Indian journal of veterinary science and animal husbandry - Volumes 24-25, 1954-1955
Year: 1954
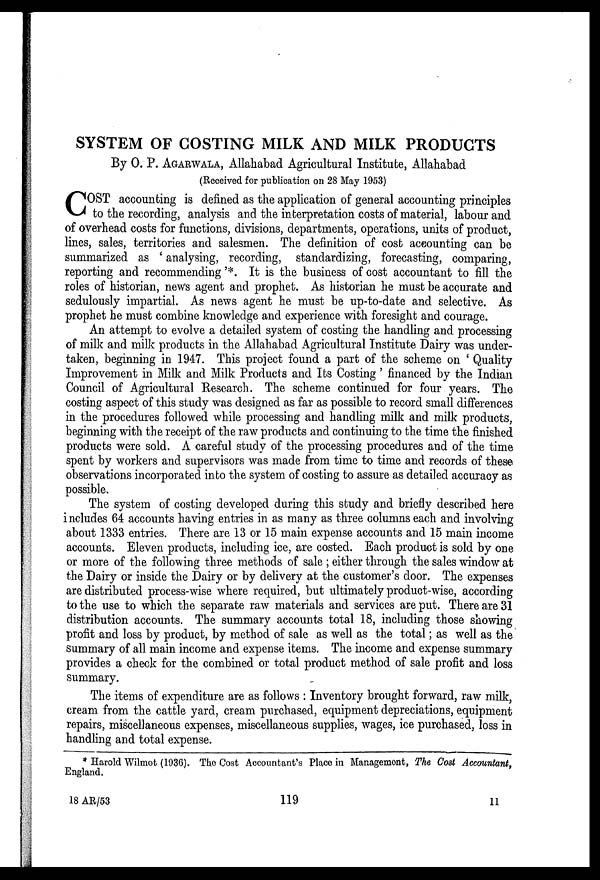
SYSTEM OF COSTING MILK AND MILK PRODUCTS
By O. P. AGARWALLA, Allahabad Agricultural Institute, Allahabad
(Received for publication on 28 May 1953)
C OST accounting is defined as the application of general accounting principles
to the recording, analysis and the interpretation costs of material, labour and
of overhead costs for functions, divisions, departments, operations, units of product,
lines, sales, territories and salesmen. The definition of cost accounting can be
summarized as 'analysing, recording, standardizing, forecasting, comparing,
reporting and recommending'*. It is the business of cost accountant to fill the
roles of historian, news agent and prophet. As historian he must be accurate and
sedulously impartial. As news agent he must be up-to-date and selective. As
prophet he must combine knowledge and experience with foresight and courage.
An attempt to evolve a detailed system of costing the handling and processing
of milk and milk products in the Allahabad Agricultural Institute Dairy was under-
taken, beginning in 1947. This project found a part of the scheme on 'Quality
Improvement in Milk and Milk Products and Its Costing' financed by the Indian
Council of Agricultural Research. The scheme continued for four years. The
costing aspect of this study was designed as far as possible to record small differences
in the procedures followed while processing and handling milk and milk products,
beginning with the receipt of the raw products and continuing to the time the finished
products were sold. A careful study of the processing procedures and of the time
spent by workers and supervisors was made from time to time and records of these
observations incorporated into the system of costing to assure as detailed accuracy as
possible.
The system of costing developed during this study and briefly described here
includes 64 accounts having entries in as many as three columns each and involving
about 1333 entries. There are 13 or 15 main expense accounts and 15 main income
accounts. Eleven products, including ice, are costed. Each product is sold by one
or more of the following three methods of sale; either through the sales window at
the Dairy or inside the Dairy or by delivery at the customer's door. The expenses
are distributed process-wise where required, but ultimately product-wise, according
to the use to which the separate raw materials and services are put. There are 31
distribution accounts. The summary accounts total 18, including those showing
profit and loss by product, by method of sale as well as the total; as well as the
summary of all main income and expense items. The income and expense summary
provides a check for the combined or total product method of sale profit and loss
summary.
The items of expenditure are as follows: Inventory brought forward, raw milk,
cream from the cattle yard, cream purchased, equipment depreciations, equipment
repairs, miscellaneous expenses, miscellaneous supplies, wages, ice purchased, loss in
handling and total expense.
* Harold Wilmot (1936). The Cost Accountant's Place in Management, The Cost Accountant,
England.
18 AR/53
119
11